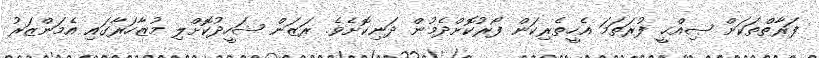
ފަރާތްތަކަށް ޞިއްޙީ ފުރަތަމަ އެހީތެރިކަން ފޯރުކޮށްދެމުން ދަނިކޮށެވެ. ރަޒަން ޝަހީދުކޮށްލި މުޒާހަރާގައި އެމަންޒަރު